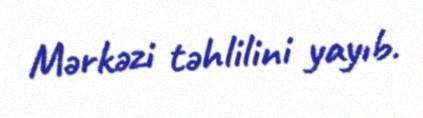
Mərkəzi təhlilini yayıb.